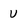
Character: U